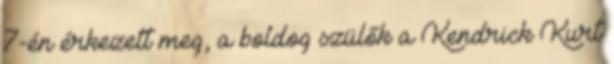
7-én érkezett meg, a boldog szülők a Kendrick Kurt